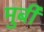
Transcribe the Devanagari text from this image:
मुर्बी